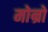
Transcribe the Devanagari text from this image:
मोन्रो